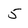
Character: 5